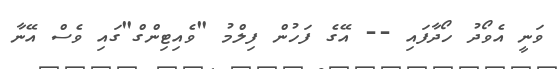
ވަނީ އެވޯދު ހޯދާފައި -- އޭގެ ފަހުން ފިލްމު "ވެއިޓިންގް"ގައި ވެސް އޭނާ